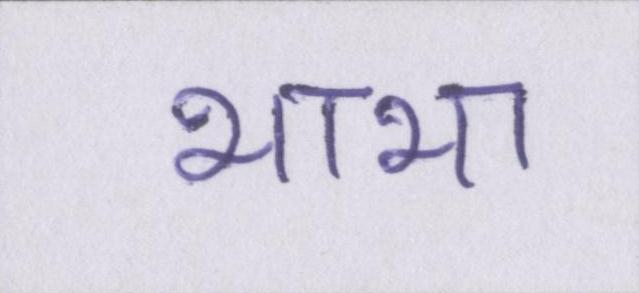
भाभा